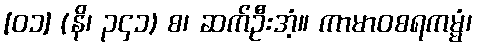
[၀၁] (နိ၊ ၃၄၁) စ၊ ဆက်ဦးအံ့။ ကာမာဝစရကမ္မံ၊